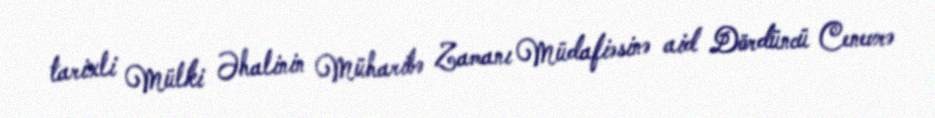
tarixli Mülki Əhalinin Müharibə Zamanı Müdafiəsinə aid Dördüncü Cenevrə